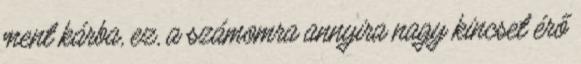
ment kárba, ez, a számomra annyira nagy kincset érő